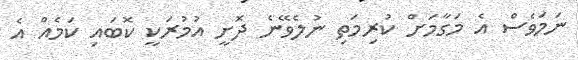
ނަމަވެސް އެ މަގާމަށް ކުރިމަތި ނުލެވޭނެ ދޮށީ އުމުރަކީ ކޮބައި ކަމެއް އެ